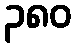
၃၈၀